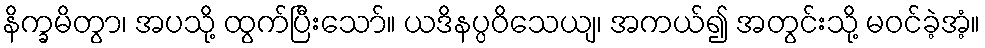
နိက္ခမိတွာ၊ အပသို့ ထွက်ပြီးသော်။ ယဒိနပ္ပဝိသေယျ၊ အကယ်၍ အတွင်းသို့ မဝင်ခဲ့အံ့။